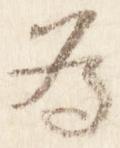
為